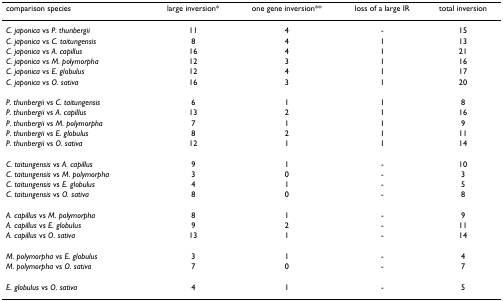
<table><thead><tr><td><b>comparison species</b></td><td><b>large inversion*</b></td><td><b>one gene inversion**</b></td><td><b>loss of a large IR</b></td><td><b>total inversion</b></td></tr></thead><tbody><tr><td><i>C. japonica </i>vs <i>P. thunbergii</i></td><td>11</td><td>4</td><td>-</td><td>15</td></tr><tr><td><i>C. japonica </i>vs <i>C. taitungensis</i></td><td>8</td><td>4</td><td>1</td><td>13</td></tr><tr><td><i>C. japonica </i>vs <i>A. capillus</i></td><td>16</td><td>4</td><td>1</td><td>21</td></tr><tr><td><i>C. japonica </i>vs <i>M. polymorpha</i></td><td>12</td><td>3</td><td>1</td><td>16</td></tr><tr><td><i>C. japonica </i>vs <i>E. globulus</i></td><td>12</td><td>4</td><td>1</td><td>17</td></tr><tr><td><i>C. japonica </i>vs <i>O. sativa</i></td><td>16</td><td>3</td><td>1</td><td>20</td></tr><tr><td><i>P. thunbergii </i>vs <i>C. taitungensis</i></td><td>6</td><td>1</td><td>1</td><td>8</td></tr><tr><td><i>P. thunbergii </i>vs <i>A. capillus</i></td><td>13</td><td>2</td><td>1</td><td>16</td></tr><tr><td><i>P. thunbergii </i>vs <i>M. polymorpha</i></td><td>7</td><td>1</td><td>1</td><td>9</td></tr><tr><td><i>P. thunbergii </i>vs <i>E. globulus</i></td><td>8</td><td>2</td><td>1</td><td>11</td></tr><tr><td><i>P. thunbergii </i>vs <i>O. sativa</i></td><td>12</td><td>1</td><td>1</td><td>14</td></tr><tr><td><i>C. taitungensis </i>vs <i>A. capillus</i></td><td>9</td><td>1</td><td>-</td><td>10</td></tr><tr><td><i>C. taitungensis </i>vs <i>M. polymorpha</i></td><td>3</td><td>0</td><td>-</td><td>3</td></tr><tr><td><i>C. taitungensis </i>vs <i>E. globulus</i></td><td>4</td><td>1</td><td>-</td><td>5</td></tr><tr><td><i>C. taitungensis </i>vs <i>O. sativa</i></td><td>8</td><td>0</td><td>-</td><td>8</td></tr><tr><td><i>A. capillus </i>vs <i>M. polymorpha</i></td><td>8</td><td>1</td><td>-</td><td>9</td></tr><tr><td><i>A. capillus </i>vs <i>E. globulus</i></td><td>9</td><td>2</td><td>-</td><td>11</td></tr><tr><td><i>A. capillus </i>vs <i>O. sativa</i></td><td>13</td><td>1</td><td>-</td><td>14</td></tr><tr><td><i>M. polymorpha </i>vs <i>E. globulus</i></td><td>3</td><td>1</td><td>-</td><td>4</td></tr><tr><td><i>M. polymorpha </i>vs <i>O. sativa</i></td><td>7</td><td>0</td><td>-</td><td>7</td></tr><tr><td><i>E. globulus </i>vs <i>O. sativa</i></td><td>4</td><td>1</td><td>-</td><td>5</td></tr></tbody></table>